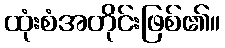
ထုံးစံအတိုင်းဖြစ်၏။